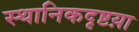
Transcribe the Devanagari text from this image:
स्थानिकदृष्टय़ा